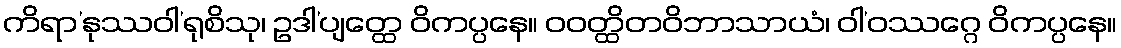
ကိရာ’နုဿဝါ’ရုစိသု၊ ဥဒါ’ပျတ္ထေ ဝိကပ္ပနေ။ ဝဝတ္ထိတဝိဘာသာယံ၊ ဝါ’ဝဿဂ္ဂေ ဝိကပ္ပနေ။